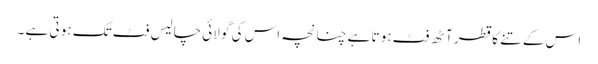
اس کے تنے کا قطر آٹھ فٹ ہو تا ہے چنانچہ اس کی گو لائی چالیس فٹ تک ہو تی ہے ۔